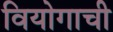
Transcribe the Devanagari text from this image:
वियोगाची